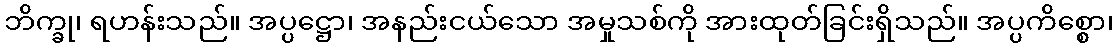
ဘိက္ခု၊ ရဟန်းသည်။ အပ္ပဋ္ဌော၊ အနည်းငယ်သော အမှုသစ်ကို အားထုတ်ခြင်းရှိသည်။ အပ္ပကိစ္စော၊